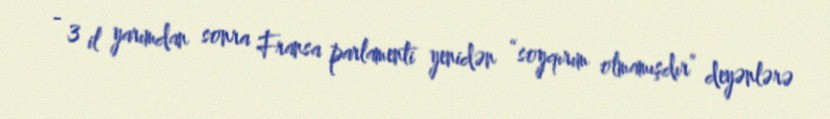
- 3 il yarımdan sonra Fransa parlamenti yenidən “soyqırım olmamışdır” deyənlərə